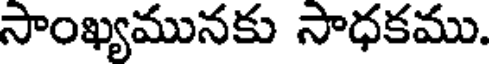
సాంఖ్యమునకు సాధకము.